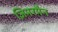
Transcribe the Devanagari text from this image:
ज़िमरमैन